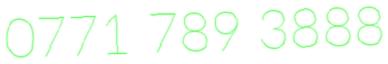
0771 789 3888